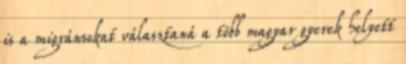
is a migránsokat választaná a több magyar gyerek helyett